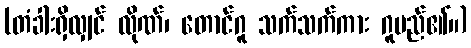
(တံခါးရှိလျှင် လိုဏ်၊ တောင်ဂူ သက်သက်ကား ဂူမည်၏။)